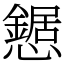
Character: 𢤹